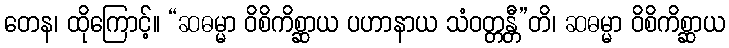
တေန၊ ထိုကြောင့်။ “ဆဓမ္မာ ဝိစိကိစ္ဆာယ ပဟာနာယ သံဝတ္တန္တီ”တိ၊ ဆဓမ္မာ ဝိစိကိစ္ဆာယ